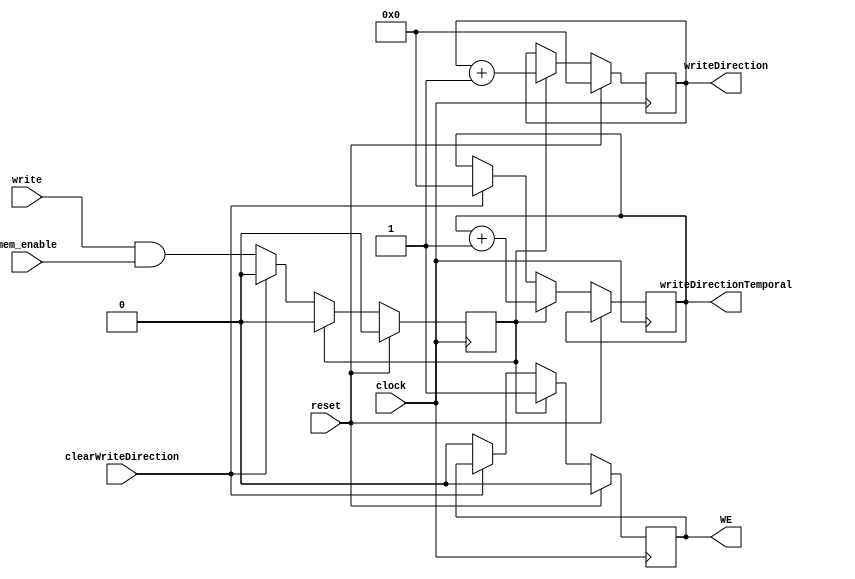
`timescale 1ns / 1ps
//////////////////////////////////////////////////////////////////////////////////
// Company: 
// Engineer: 
// 
// Design Name: 
// Module Name:    WRITE_NOTE 
// Project Name: 
// Target Devices: 
// Tool versions: 
// Description: 
//
// Dependencies: 
//
// Revision: 
// Revision 0.01 - File Created
// Additional Comments: 
//
//////////////////////////////////////////////////////////////////////////////////
module WRITE_NOTE(
   clock,
	write,
	mem_enable,
	writeDirection,
	writeDirectionTemporal,
	clearWriteDirection,
	reset,
	WE
);
input wire mem_enable;
input wire clock;
input wire write;
input wire reset;
input wire clearWriteDirection;
output reg WE;
output reg [5:0] writeDirection;
output reg [5:0] writeDirectionTemporal;

reg cuenteAux;


always@(posedge clock)
	begin
	if(reset)
		begin
			cuenteAux <= 1'b0;
			writeDirection <= 6'b0;
			WE <= 1'b0;
		end
	else
		if(cuenteAux)
			begin	
				writeDirectionTemporal <= writeDirectionTemporal + 1'b1;  
				writeDirection <= writeDirection + 1'b1;  
				cuenteAux <= 1'b0;
				WE <= 1'b1;
			end
		/** Limpia la direccion temporal y el contador para que inicie escribiendo en 
		posicion cero **/
		else if(clearWriteDirection)
			begin
				writeDirectionTemporal <= 6'b0;
			end
		else
			begin
				cuenteAux <= (write & mem_enable);
				writeDirectionTemporal <= writeDirectionTemporal;
				writeDirection <= writeDirection;
				WE <= 1'b0;
			end
	end


endmodule